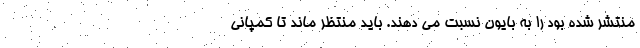
منتشر شده بود را به بایون نسبت می دهند. باید منتظر ماند تا کمپانی